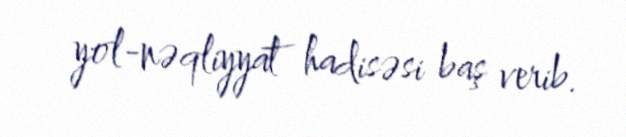
yol-nəqliyyat hadisəsi baş verib.